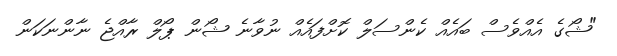
"ޝޯގެ އެއްވެސް ބައެއް ކެންސަލް ކޮށްފައެއް ނުވާނެ ޝޯން ޕޯލް ރާއްޖެ ނާންނަކަން